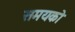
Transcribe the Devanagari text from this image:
समयको